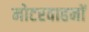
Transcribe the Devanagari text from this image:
मोटरवाहनों